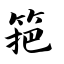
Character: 筢